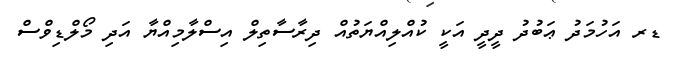
ޑރ އަހުމަދު ޢަބުދު ދީދީ އަކީ ކުއްލިއްޔަތުއް ދިރާސާތިލް އިސްލާމިއްޔާ އަދި މޯލްޑިވްސް